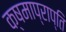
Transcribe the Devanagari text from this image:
क्षमाप्राप्ति